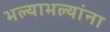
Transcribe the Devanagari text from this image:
भल्याभल्यांना